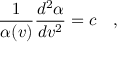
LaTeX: \frac { 1 } { \alpha ( v ) } \frac { d ^ { 2 } \alpha } { d v ^ { 2 } } = c \quad ,